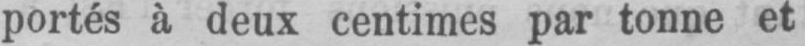
portés à deux centimes par tonne et